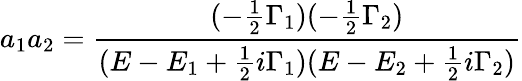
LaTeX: a_{1}a_{2}={\frac{(-{\frac{1}{2}}\Gamma_{1})(-{\frac{1}{2}}\Gamma_{2})}{(E-E_{1}+{\frac{1}{2}}i\Gamma_{1})(E-E_{2}+{\frac{1}{2}}i\Gamma_{2})}}